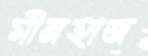
মীনহাজ